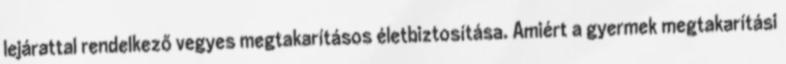
lejárattal rendelkező vegyes megtakarításos életbiztosítása. Amiért a gyermek megtakarítási